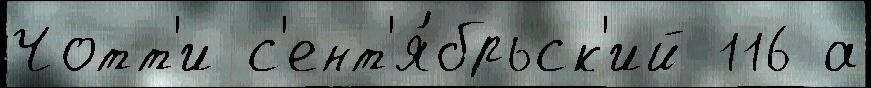
Чотт'и с'ент'я́брьск'ий 116 а